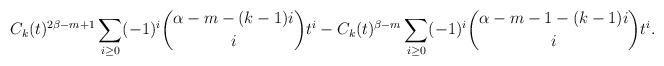
LaTeX: \begin{align*}C_k(t)^{2\beta-m+1} \sum_{i \geq 0} (-1)^i \binom{\alpha-m-(k-1)i}{i} t^i - C_k(t)^{\beta-m} \sum_{i \geq 0} (-1)^i \binom{\alpha-m-1-(k-1)i}{i} t^i.\end{align*}